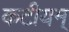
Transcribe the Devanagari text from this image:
कटीयम्‌